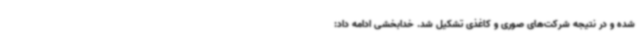
شده و در نتیجه شرکت‌های صوری و کاغذی تشکیل شد. خدابخشی ادامه داد: